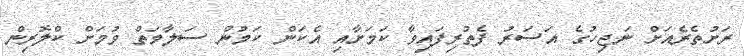
ރަށުތެރެއަށް ނަޖިހުގެ އަސަރު ފެތުރިފައިވާ ކަމަށާއި އެކަން ކަމުން ސަލާމަތް ވުމަށް ކްލޮރިން